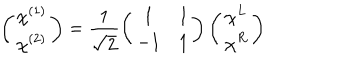
LaTeX: \left( \begin{array} { c } { { \chi ^ { ( 1 ) } } } \\ { { \chi ^ { ( 2 ) } } } \\ \end{array} \right) = \frac { 1 } { \sqrt { 2 } } \left( \begin{array} { c c } { { 1 } } & { { 1 } } \\ { { - 1 } } & { { 1 } } \\ \end{array} \right) \left( \begin{array} { c } { { \chi ^ { L } } } \\ { { \chi ^ { R } } } \\ \end{array} \right)